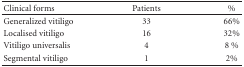
<table><thead><tr><td><b>Clinical forms</b></td><td><b>Patients</b></td><td><b>%</b></td></tr></thead><tbody><tr><td>Generalized vitiligo</td><td>33</td><td>66%</td></tr><tr><td>Localised vitiligo</td><td>16</td><td>32%</td></tr><tr><td>Vitiligo universalis</td><td>4</td><td>8 %</td></tr><tr><td>Segmental vitiligo</td><td>1</td><td>2%</td></tr></tbody></table>